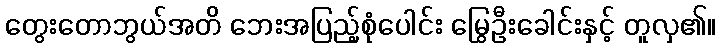
တွေးတောဘွယ်အတိ ဘေးအပြည့်စုံပေါင်း မြွေဦးခေါင်းနှင့် တူလှ၏။